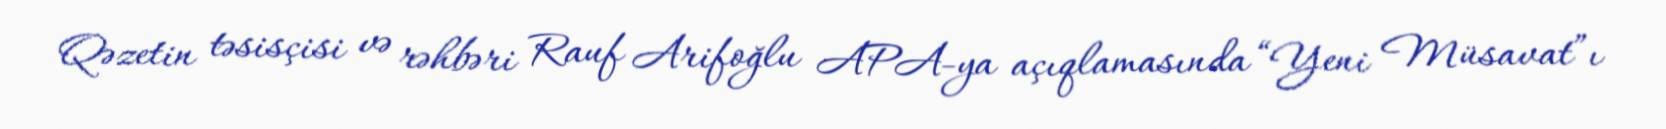
Qəzetin təsisçisi və rəhbəri Rauf Arifoğlu APA-ya açıqlamasında “Yeni Müsavat”ı